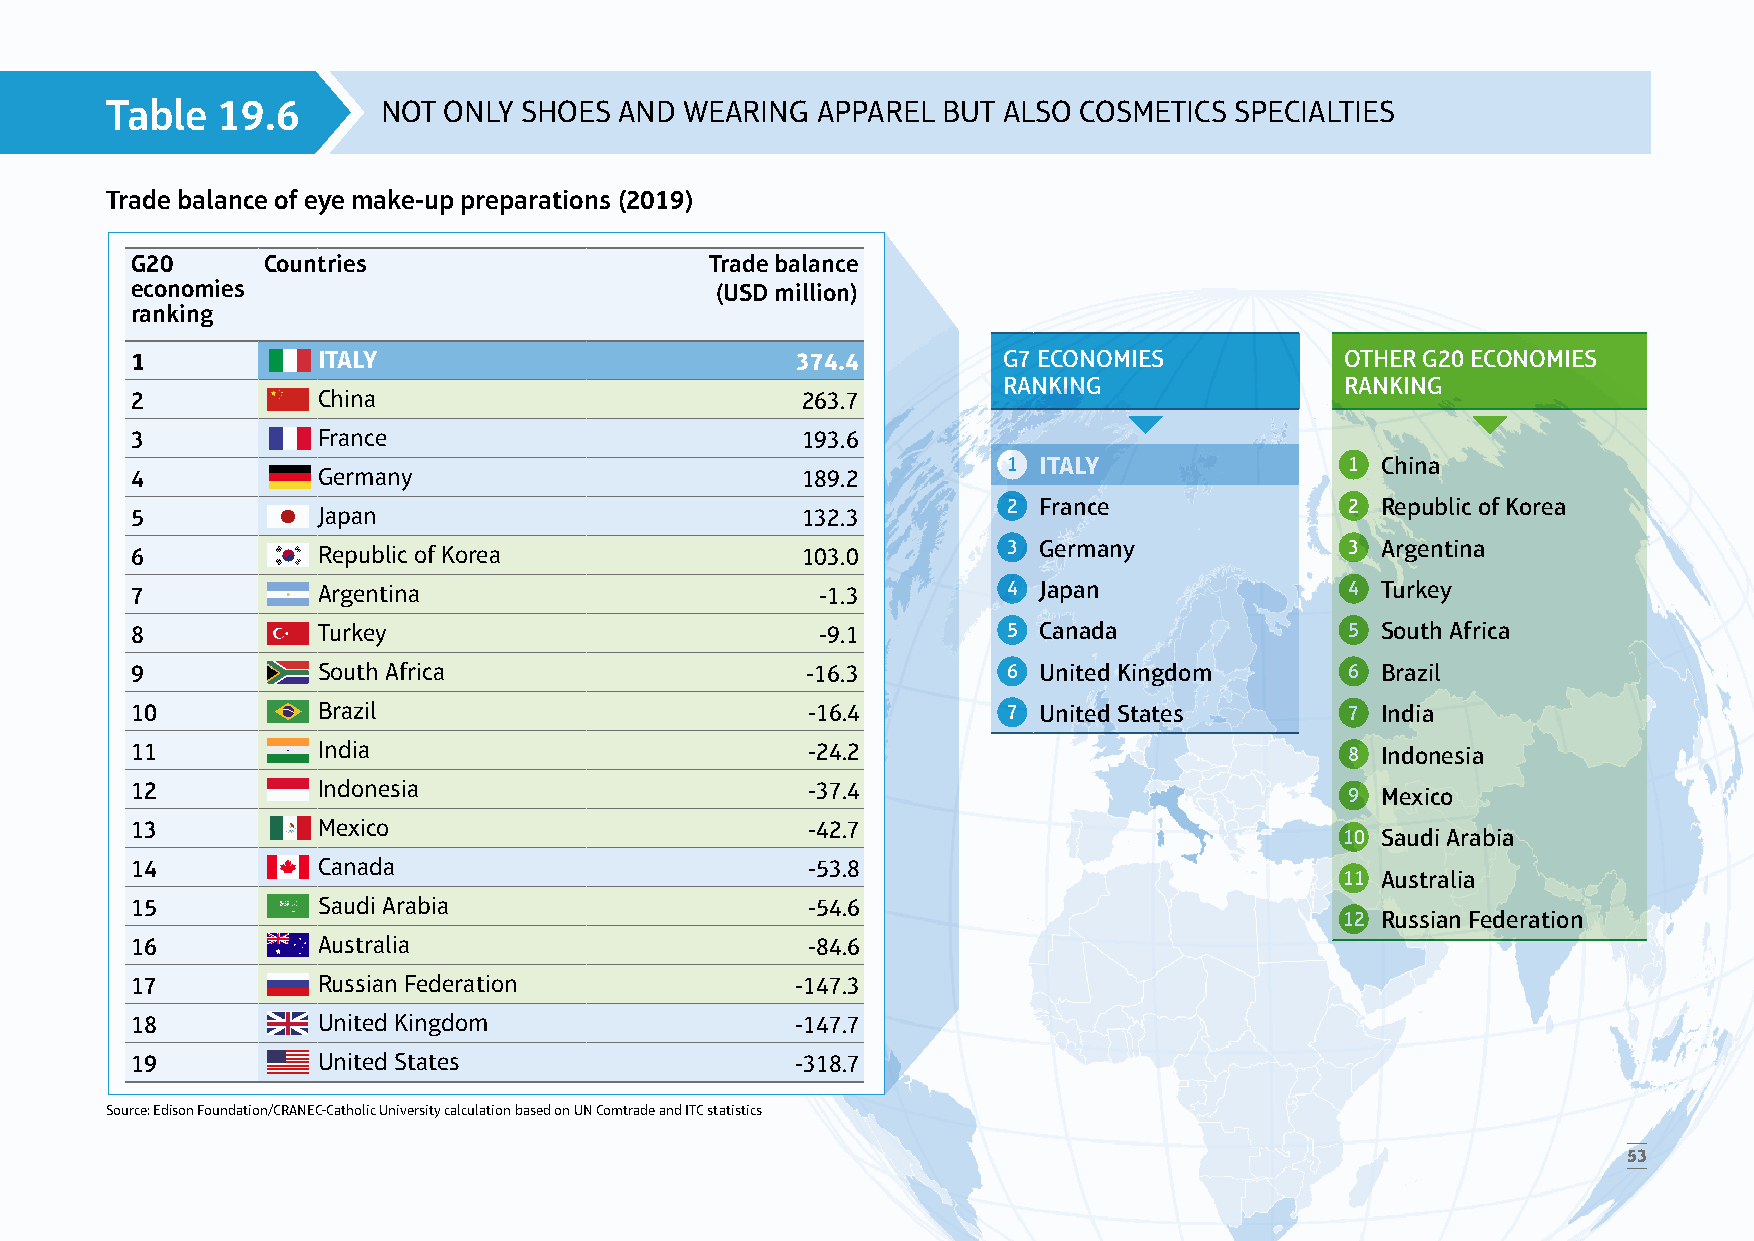
Table  19.6       NOT ONLY  SHOES AND WEARING  APPAREL BUT ALSO COSMETICS  SPECIALTIES
 Trade balance of eye make-up preparations (2019)
 G20     Countries                     Trade balance
 economies                             (USD million)
 ranking
 1           ITALY                           374.4        G7 ECONOMIES           OTHER G20 ECONOMIES
 RANKING                RANKING
 2           China                           263.7
 3           France                          193.6
 1 ITALY               1 China
 4           Germany                         189.2
 2 France              2 Republic of Korea
 5           Japan                           132.3
 6           Republic of Korea               103.0         3 Germany             3 Argentina
 7           Argentina                        -1.3         4 Japan               4 Turkey
 8           Turkey                           -9.1         5 Canada              5 South Africa
 9           South Africa                    -16.3         6 United Kingdom      6 Brazil
 10          Brazil                          -16.4         7 United States       7 India
 11          India                           -24.2                               8 Indonesia
 12          Indonesia                       -37.4                               9 Mexico
 13          Mexico                          -42.7
 10 Saudi Arabia
 14          Canada                          -53.8
 11 Australia
 15          Saudi Arabia                    -54.6
 12 Russian Federation
 16          Australia                       -84.6
 17          Russian Federation              -147.3
 18          United Kingdom                  -147.7
 19          United States                   -318.7
 Source: Edison Foundation/CRANEC-Catholic University calculation based on UN Comtrade and ITC statistics
 53